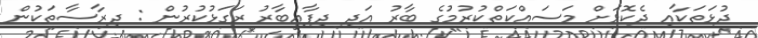
ދުޅަތަކާއި ދެކޮޅަށް މަސައްކަތްކުރުމުގެ ބާރު އަދި ދިފާޢީބާރު ރަގަޅުކުރުން : ދިރާސާތަކުން